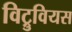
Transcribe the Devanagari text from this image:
विट्रुवियस